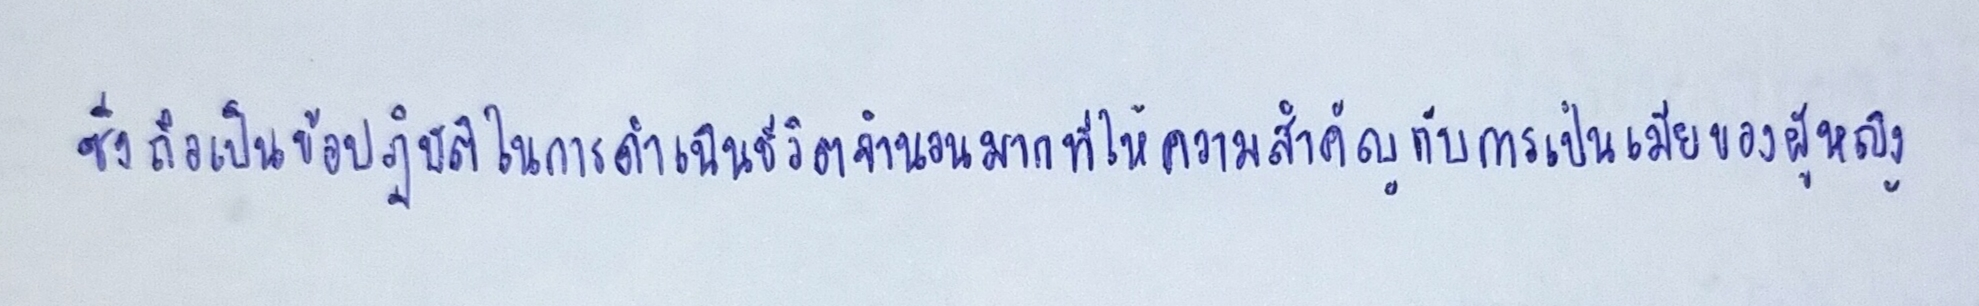
ซึ่งถือเป็นข้อปฎิบัติในการดำเนินชีวิตจำนวนมากที่ให้ความสำคัญกับการเป็นเมียของผู้หญิง